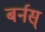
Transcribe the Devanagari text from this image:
बर्नस्